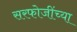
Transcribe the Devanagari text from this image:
सरफोजींच्या